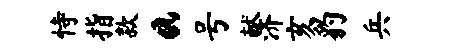
恃指款a号献济亥豹兵